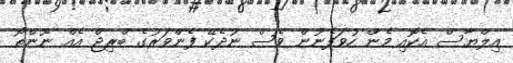
އިލްޔާސް އެކޮއި މެން ހުވަފެނުން ވެސް ނުދެކޭ ފެންވަރުގެ ބްރިޖް އެއް ނޫންތޯ